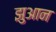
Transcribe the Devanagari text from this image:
झुआन